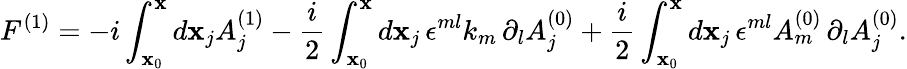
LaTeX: F^{(1)}=-i\int_{\mathbf{x}_{0}}^{\mathbf{x}}d\mathbf{x}_{j}A_{j}^{(1)}-\frac{{i}}{{2}}\int_{\mathbf{x}_{0}}^{\mathbf{x}}d\mathbf{x}_{j}\, \epsilon^{ml}k_{m}\, \partial_{l}A_{j}^{(0)}+\frac{{i}}{{2}}\int_{\mathbf{x}_{0}}^{\mathbf{x}}d\mathbf{x}_{j}\, \epsilon^{ml}A_{m}^{(0)}\, \partial_{l}A_{j}^{(0)}.